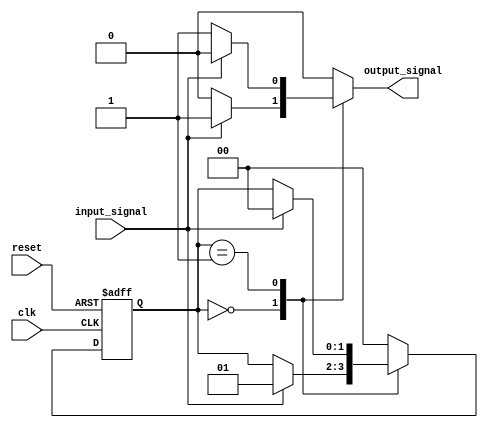
module self_resetting_mealy_sm (
    input wire clk,                  // Clock signal
    input wire reset,                // Asynchronous reset signal
    input wire input_signal,         // Input signal for state transitions
    output reg output_signal         // Output signal
);

// Define states using localparam to ensure readability
localparam RESET_STATE = 2'b00;
localparam OPERATIONAL_STATE = 2'b01;

reg [1:0] current_state, next_state;

// Self-reset condition (for simplicity, we use input_signal as the reset condition)
wire self_reset_condition = input_signal; // Define your self-reset condition here

// Sequential logic for state transitions
always @(posedge clk or posedge reset) begin
    if (reset) begin
        current_state <= RESET_STATE; // Reset to initial state
    end else begin
        current_state <= next_state;
    end
end

// Combinational logic for next state and output signal
always @(*) begin
    // Default values
    next_state = current_state; // Keep the current state by default
    output_signal = 0;          // Default output

    case (current_state)
        RESET_STATE: begin
            if (input_signal) begin
                next_state = OPERATIONAL_STATE; // Transition to operational state
                output_signal = 1;               // Output logic for operational state
            end
        end
        
        OPERATIONAL_STATE: begin
            // Example: self-reset condition met
            if (self_reset_condition) begin
                next_state = RESET_STATE; // Self-reset to initial state
            end else begin
                // Stay in operational state or define additional transitions based on inputs
                // For example:
                output_signal = 1; // Output remains active in operational state
            end
        end
        
        default: begin
            next_state = RESET_STATE; // Fallback to reset state
        end
    endcase
end

endmodule